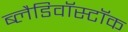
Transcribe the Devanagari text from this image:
ब्लैडिवॉस्टॉक